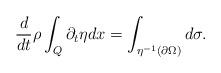
LaTeX: \begin{align*} \frac{d}{dt} \rho \int_Q \partial_t \eta dx &= \int_{\eta^{-1}(\partial\Omega)} d \sigma.\end{align*}